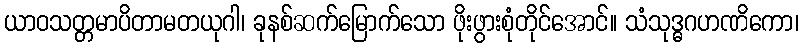
ယာဝသတ္တမာပိတာမတယုဂါ၊ ခုနစ်ဆက်မြောက်သော ဖိုးဖွားစုံတိုင်အောင်။ သံသုဒ္ဓဂဟဏိကော၊